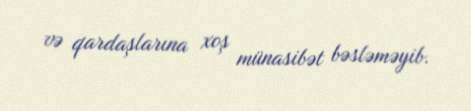
və qardaşlarına xoş münasibət bəsləməyib.